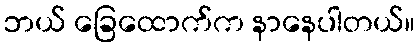
ဘယ် ခြေထောက်က နာနေပါတယ်။